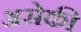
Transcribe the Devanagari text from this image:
असेकी